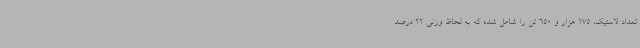
تعداد لاستیک، 175 هزار و 650 تن را شامل شده که به لحاظ وزنی 22 درصد